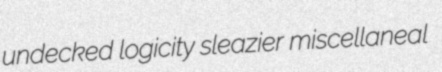
undecked logicity sleazier miscellaneal